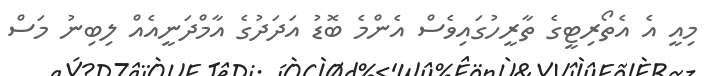
މިއީ އެ އެތޯރިޓީގެ ތާރީހުގައިވެސް އެންމެ ބޮޑު އަދަދުގެ އާމްދަނީއެއް ލިބިނު މަސް